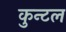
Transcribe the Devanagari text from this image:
कुन्टल